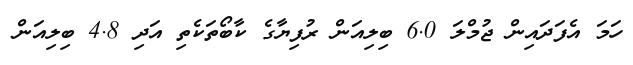
ހަމަ އެފަދައިން ޖުމްލަ 6.0 ބިލިއަން ރުފިޔާގެ ކާބޯތަކެތި އަދި 4.8 ބިލިއަން